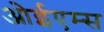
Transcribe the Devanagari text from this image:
ओईएम्स